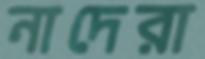
নাদেরা